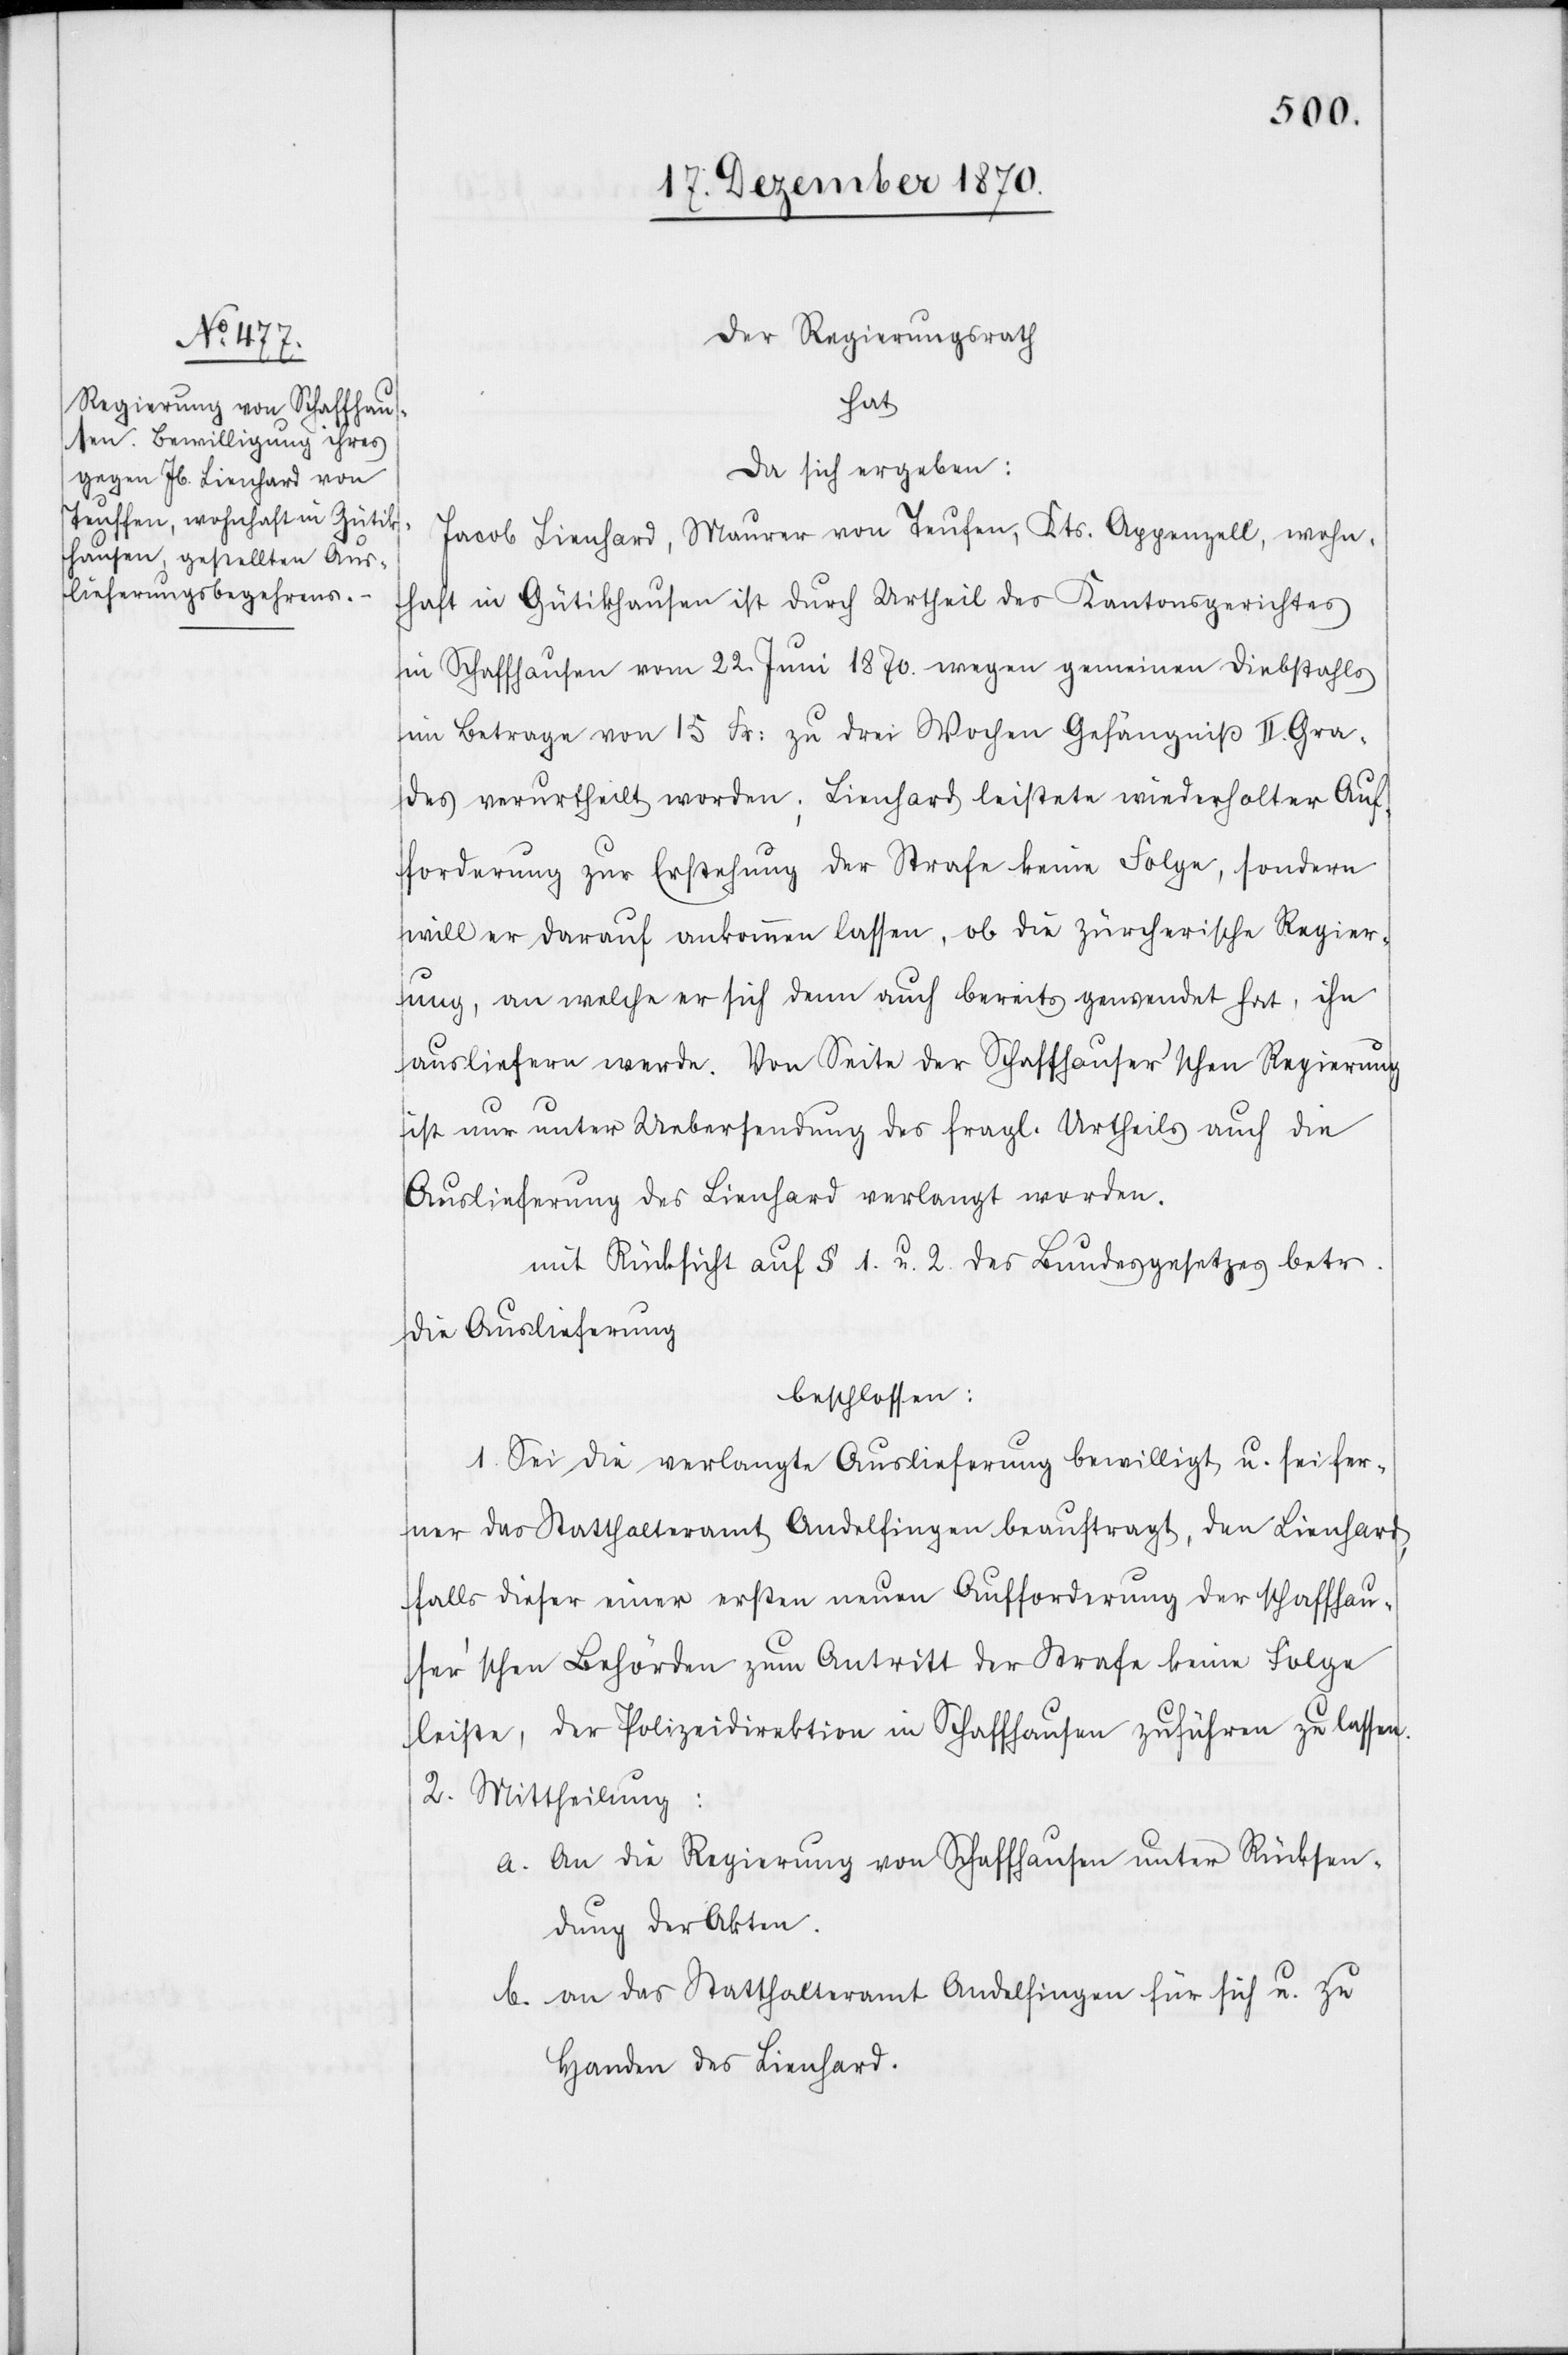
Der Regierungsrath
hat
da sich ergeben:
Jacob Lienhard, Maurer von Teufen, Kts. Appenzell, wohn¬
haft in Gütikhausen ist durch Urtheil des Kantonsgerichtes
in Schaffhausen vom 22. Juni 1870. wegen gemeinen Diebstahls
im Betrage von 15 Fr: zu drei Wochen Gefängniß II. Gra¬
des verurtheilt worden; Lienhard leistete wiederholter Auf¬
forderung zur Erstehung der Strafe keine Folge, sondern
will es darauf ankommen lassen, ob die zürcherische Regier¬
ung, an welche er sich denn auch bereits gewendet hat, ihn
ausliefern werde. Von Seite der Schaffhauser’schen Regierung
ist nur unter Uebersendung des fragl. Urtheils auf die
Auslieferung des Lienhard verlangt worden.
mit Rücksicht auf § 1. u. 2. des Bundesgesetzes betr.
die Auslieferung
beschlossen:
1. Sei die verlangte Auslieferung bewilligt u. sei fer¬
ner das Statthalteramt Andelfingen beauftragt, den Lienhard,
falls dieser einer ersten neuen Aufforderung der schaffhau¬
ser’schen Behörden zum Antritt der Strafe keine Folge
leiste, der Polizeidirektion in Schaffhausen zuführen zu lassen.
2. Mittheilung:
a. An die Regierung von Schaffhausen unter Rücksen¬
dung der Akten.
b. an das Statthalteramt Andelfingen für sich u. zu
Handen des Lienhard.